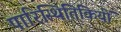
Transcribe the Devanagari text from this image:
पारिस्थितिकियों